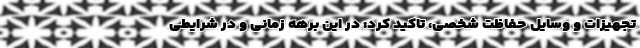
تجهیزات و وسایل حفاظت شخصی، تاکید کرد: در این برهه زمانی و در شرایطی